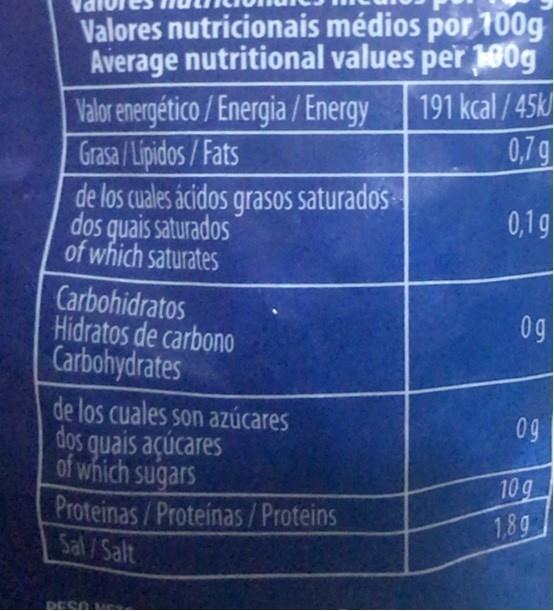
Valores nutricionais médios por 100g Average nutritional values per 100g
191 kcal /45k
Valor energético /Energia /Energy Grasa /Lipidos/Fats
0,7g
de los cuales ácidos grasOS saturados dos quais saturados of which saturates
0,1 g
Carbohidratos Hidratos de carbono Carbohydrates
0g
de los cuales son azúcares dos quais açúcares of which sugars Proteinas/Proteinas/Proteins Sal/Salt
0g
10 g
DESO
80